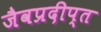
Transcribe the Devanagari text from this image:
जैवप्रदीप्त